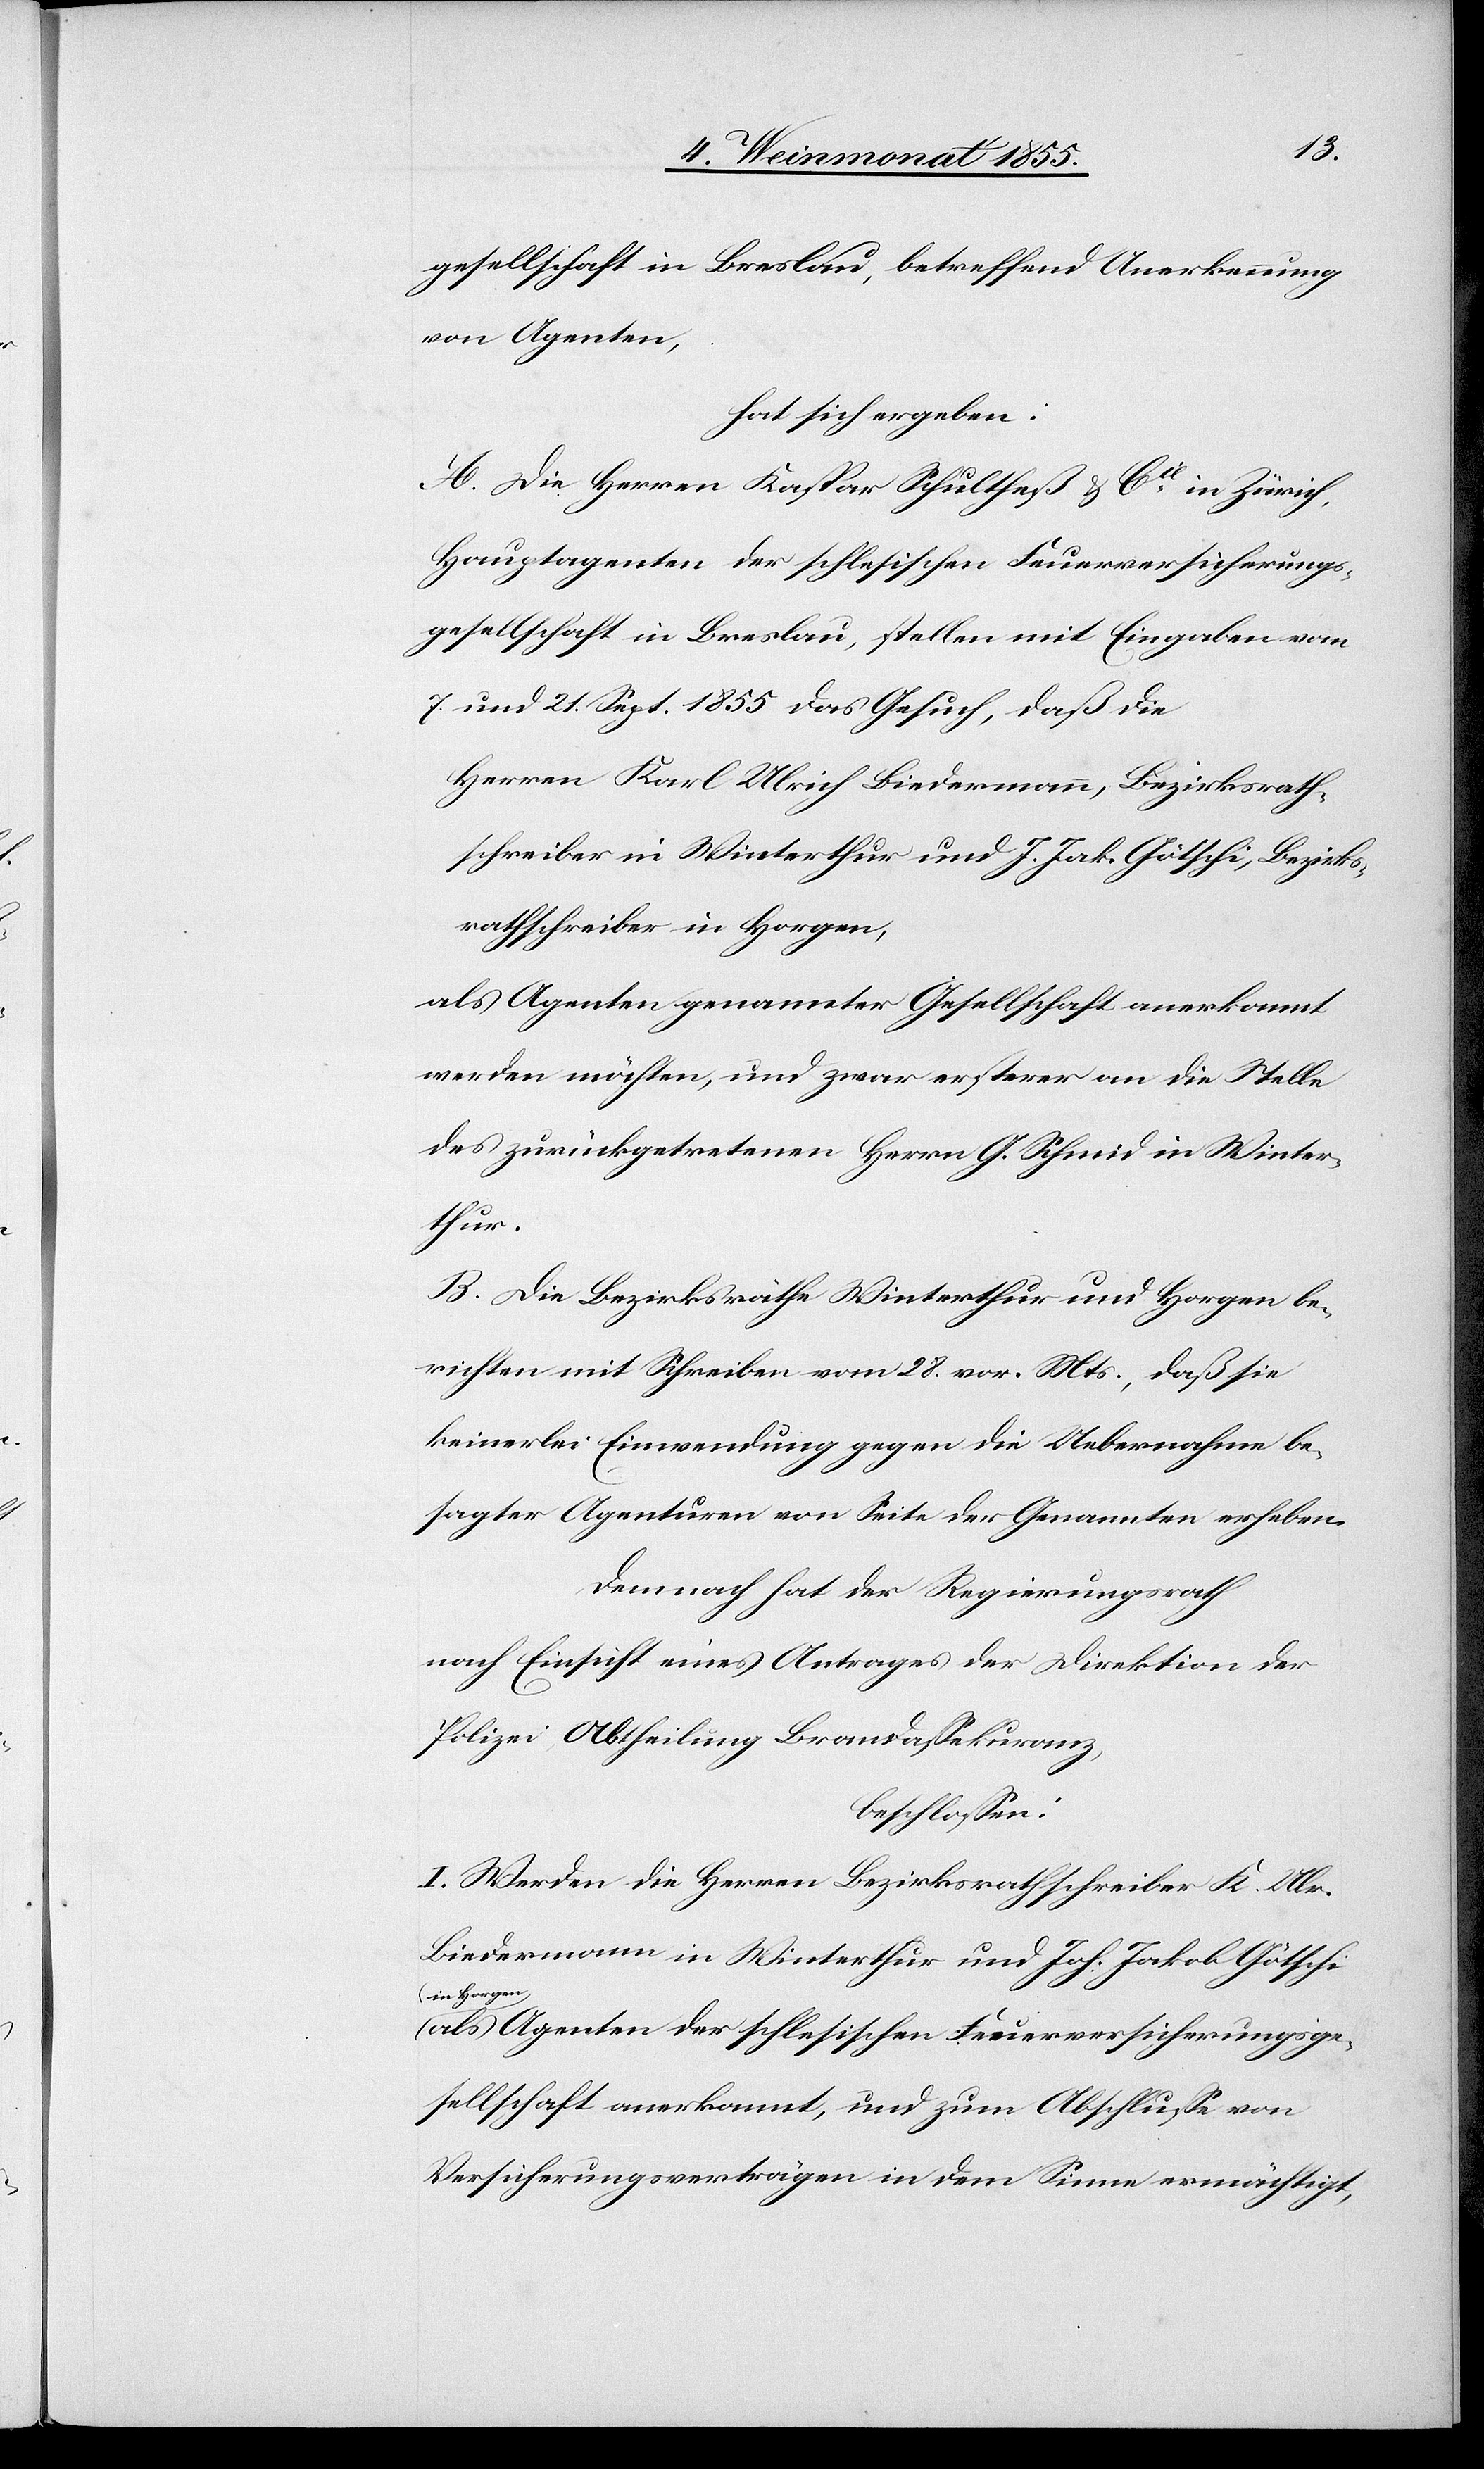
gesellschaft in Breslau, betreffend Anerkennung
von Agenten,
hat sich ergeben:
A. Die Herren Kaspar Schultheß & Cie. in Zürich,
Hauptagenten der schlesischen Feuerversicherungs¬
gesellschaft in Breslau, stellen mit Eingaben vom
7. und 21. Sept. 1855 das Gesuch, daß die
Herren Karl Ulrich Biedermann, Bezirksrath¬
schreiber in Winterthur und J. Jak. Götschi, Bezirks¬
rathschreiber in Horgen,
als Agenten genannter Gesellschaft anerkannt
werden möchten, und zwar ersterer an die Stelle
des zurückgetretenen Herrn G. Schmid in Winter¬
thur.
B. Die Bezirksräthe Winterthur und Horgen be¬
richten mit Schreiben vom 28. vor. Mts., daß sie
keinerlei Einwendung gegen die Uebernahme be¬
sagter Agenturen von Seite der Genannten erheben.
Demnach hat der Regierungsrath
nach Einsicht eines Antrages der Direktion der
Polizei, Abtheilung Brandassekuranz,
beschlossen:
I. Werden die Herren Bezirksrathschreiber K. Ulr.
Biedermann in Winterthur und Joh. Jakob Götschi
in Horgen
als Agenten der schlesischen Feuerversicherungsge¬
sellschaft anerkannt, und zum Abschlusse von
Versicherungsverträgen in dem Sinne ermächtigt,